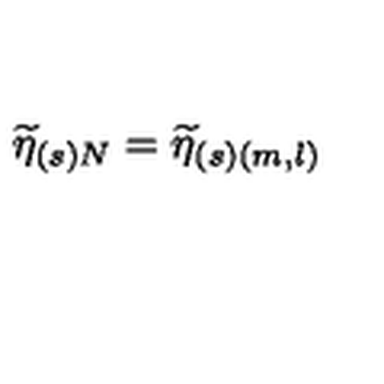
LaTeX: \widetilde { \eta } _ { ( s ) N } = \widetilde { \eta } _ { ( s ) ( m , l ) }